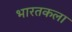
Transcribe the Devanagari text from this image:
भारतकला